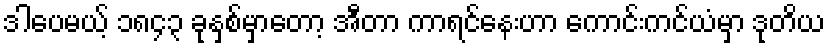
ဒါပေမယ့် ၁၈၄၃ ခုနှစ်မှာတော့ အီတာ ကာရင်နေးဟာ ကောင်းကင်ယံမှာ ဒုတိယ